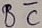
Text: BC